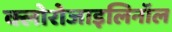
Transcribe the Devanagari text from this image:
क्लोरोजाइलिनॉल